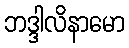
ဘဒ္ဒါလိနာမော